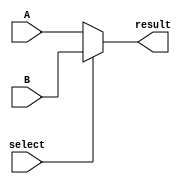
module Multiplexer2To1_5bit(
		input [4:0]A, B,
		input select,
		output [4:0]result
    );

	assign result = select ? B : A;

endmodule